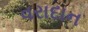
વરાદાન